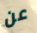
عن